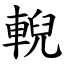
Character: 輗